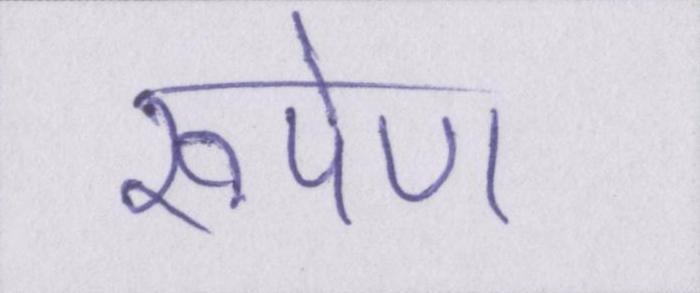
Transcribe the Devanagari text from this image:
रूपेण